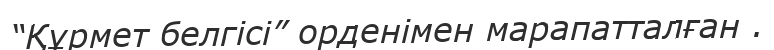
“Құрмет белгісі” орденімен марапатталған .